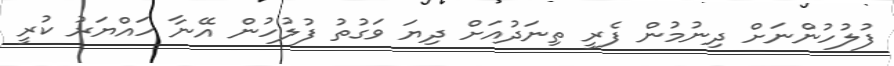
ފުލުހުންނަށް ދިނުމުން ފެރީ ތިނަދުއަށް ދިޔަ ވަގުތު ފުލުހުން އޭނާ ހައްޔަރު ކުރީ